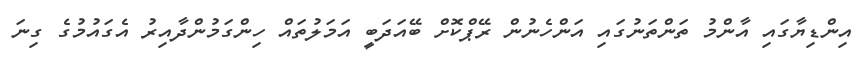
އިންޑިޔާގައި އާންމު ތަންތަނުގައި އަންހެނުން ރޭޕްކޮށް ބޭއަދަބީ އަމަލުތައް ހިންގަމުންދާއިރު އެގައުމުގެ ގިނަ